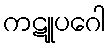
ကဋူပဂေါ